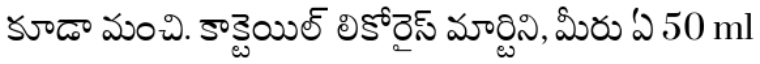
కూడా మంచి. కాక్టెయిల్ లికోరైస్ మార్టిని, మీరు ఏ 50 ml